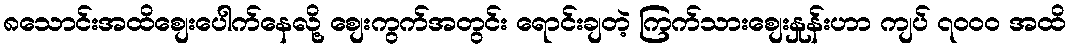
၈သောင်းအထိစျေးပေါက်နေလို့ စျေးကွက်အတွင်း ရောင်းချတဲ့ ကြက်သားစျေးနှုန်းဟာ ကျပ် ၇၀၀၀ အထိ